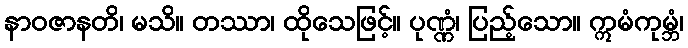
နာဝဇာနတိ၊ မသိ။ တဿာ၊ ထိုသေဖြင့်။ ပုဏ္ဏံ၊ ပြည့်သော။ ဣမံကုမ္ဘံ၊